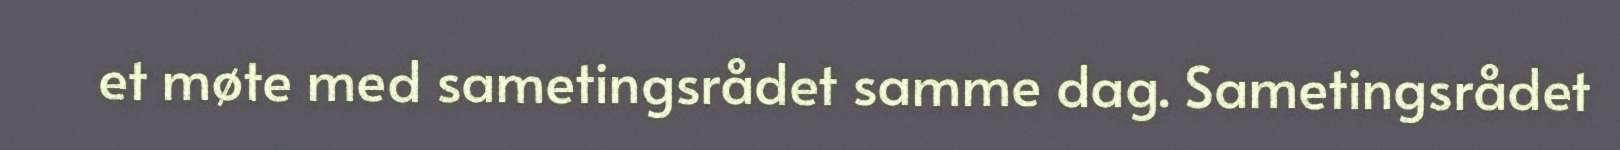
et møte med sametingsrådet samme dag. Sametingsrådet